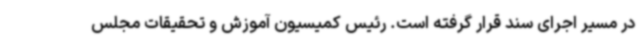
در مسیر اجرای سند قرار گرفته است. رئیس کمیسیون آموزش و تحقیقات مجلس